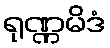
ရုဏ္ဏမိဒံ